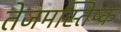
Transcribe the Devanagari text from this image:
तेजमस्तिष्क